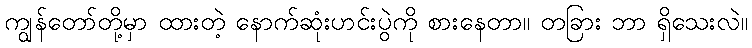
ကျွန်တော်တို့မှာ ထားတဲ့ နောက်ဆုံးဟင်းပွဲကို စားနေတာ။ တခြား ဘာ ရှိသေးလဲ။